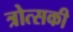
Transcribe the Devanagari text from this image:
त्रोत्सकी